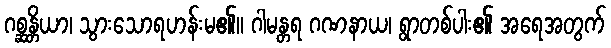
ဂစ္ဆန္တိယာ၊ သွားသောရဟန်းမ၏။ ဂါမန္တရ ဂဏနာယ၊ ရွာတစ်ပါး၏ အရေအတွက်